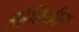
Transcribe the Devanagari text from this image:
अहेलिकीय